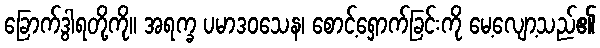
ခြောက်ဒွါရတို့ကို။ အရက္ခ ပမာဒဝသေန၊ စောင့်ရှောက်ခြင်းကို မေ့လျော့သည်၏